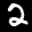
Label: 2